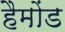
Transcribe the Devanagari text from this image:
हैमोंड